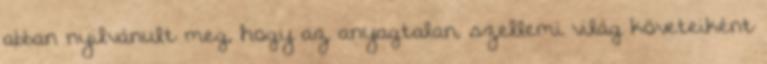
abban nyilvánult meg, hogy az anyagtalan, szellemi világ követeiként